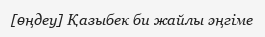
[өңдеу] Қазыбек би жайлы әңгіме